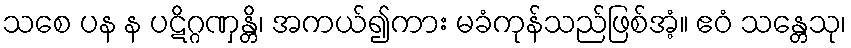
သစေ ပန န ပဋိဂ္ဂဏှန္တိ၊ အကယ်၍ကား မခံကုန်သည်ဖြစ်အံ့။ ဧဝံ သန္တေသု၊